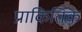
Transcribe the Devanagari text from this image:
प्राकितिक